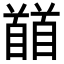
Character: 𩠬